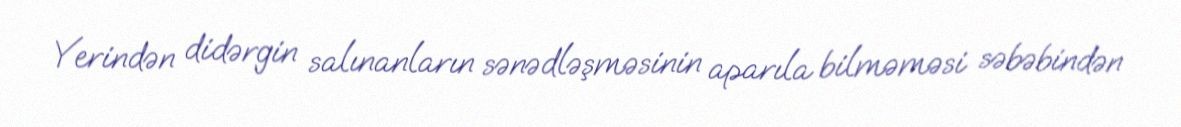
Yerindən didərgin salınanların sənədləşməsinin aparıla bilməməsi səbəbindən